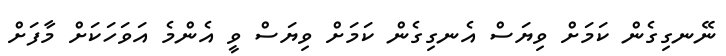
ނޭނގިގެން ކަމަށް ވިޔަސް އެނގިގެން ކަމަށް ވިޔަސް ވީ އެންމެ އަވަހަކަށް މާފަށް